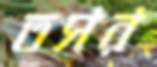
তসর